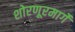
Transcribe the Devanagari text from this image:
शोरणूरमार्गे